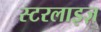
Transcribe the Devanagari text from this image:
स्टरलाइज़